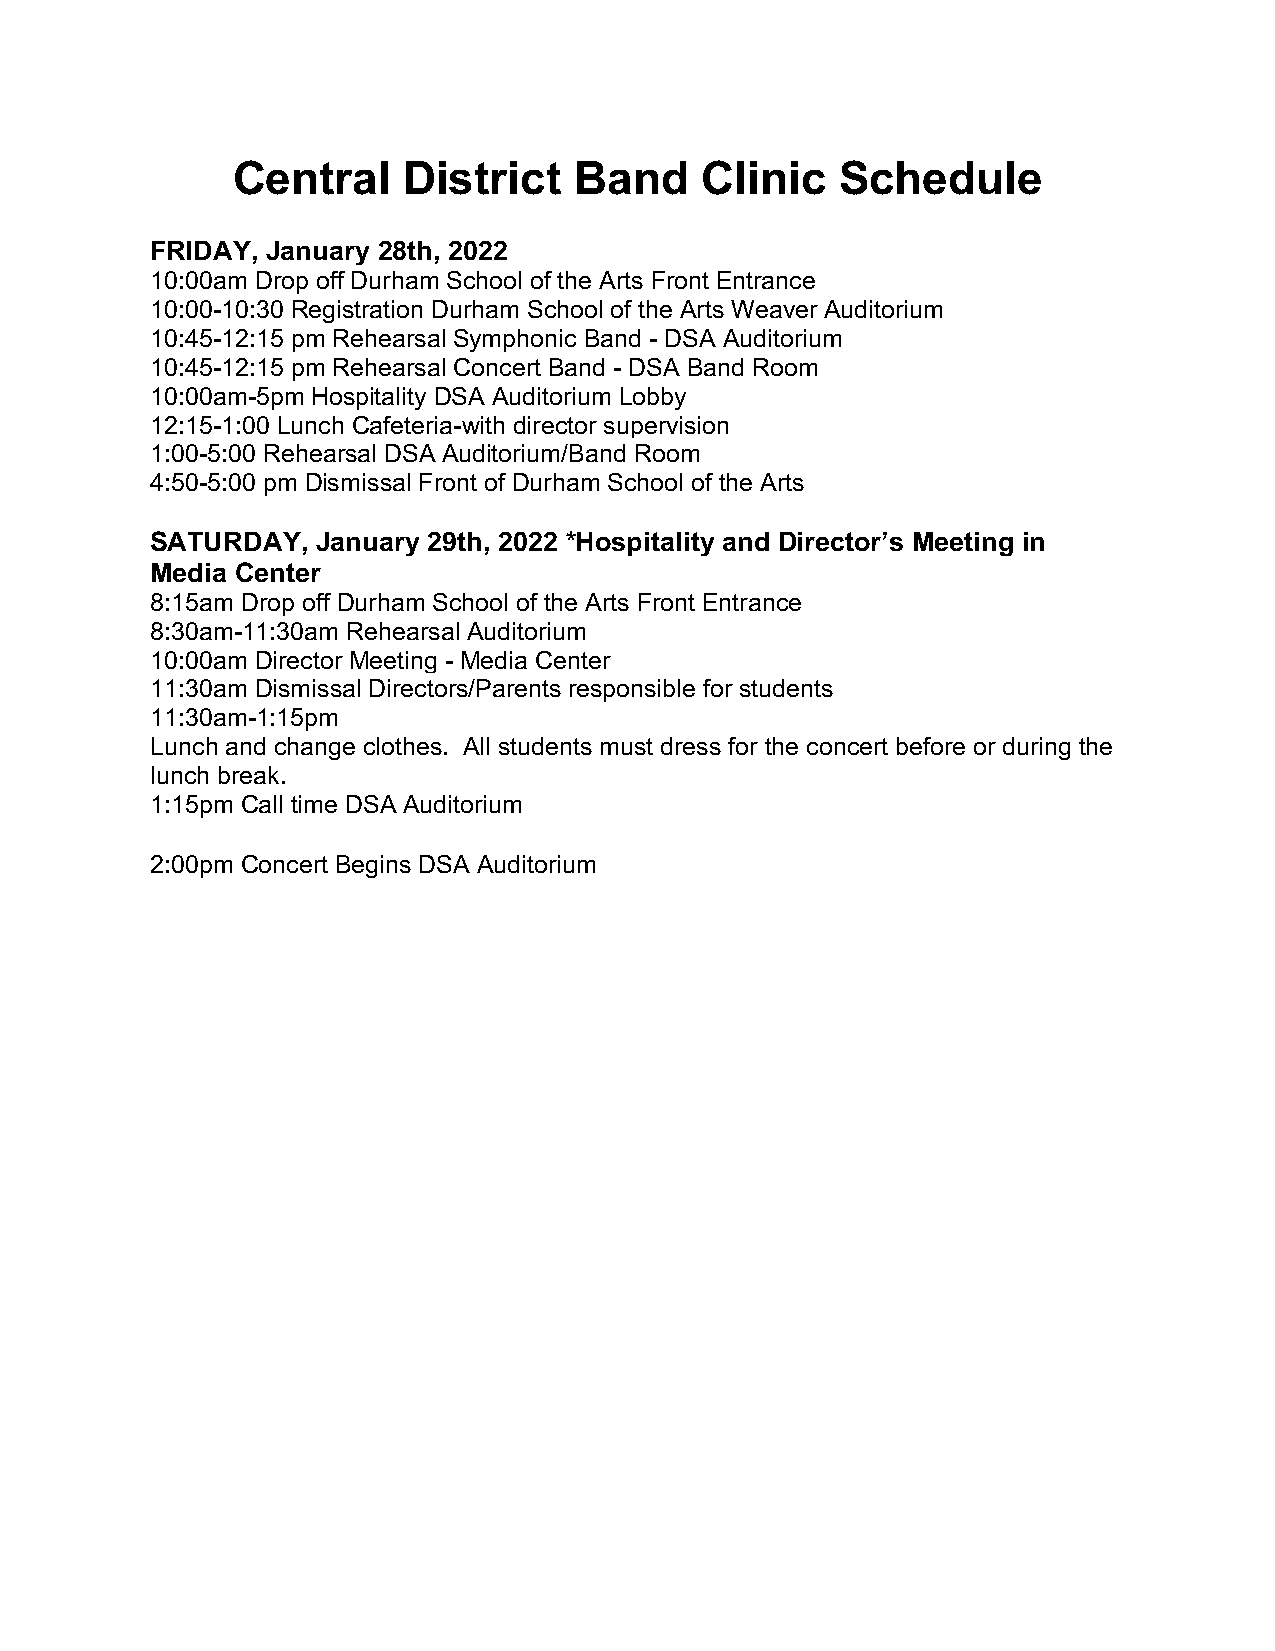
Central     District   Band    Clinic    Schedule
 FRIDAY, January 28th, 2022
 10:00am Drop off Durham School of the Arts Front Entrance
 10:00-10:30 Registration Durham School of the Arts Weaver Auditorium
 10:45-12:15 pm Rehearsal Symphonic Band - DSA Auditorium
 10:45-12:15 pm Rehearsal Concert Band - DSA Band Room
 10:00am-5pm Hospitality DSA Auditorium Lobby
 12:15-1:00 Lunch Cafeteria-with director supervision
 1:00-5:00 Rehearsal DSA Auditorium/Band Room
 4:50-5:00 pm Dismissal Front of Durham School of the Arts
 SATURDAY,  January 29th, 2022 *Hospitality and Director’s Meeting in
 Media Center
 8:15am Drop off Durham School of the Arts Front Entrance
 8:30am-11:30am Rehearsal Auditorium
 10:00am Director Meeting - Media Center
 11:30am Dismissal Directors/Parents responsible for students
 11:30am-1:15pm
 Lunch and change clothes. All students must dress for the concert before or during the
 lunch break.
 1:15pm Call time DSA Auditorium
 2:00pm Concert Begins DSA Auditorium